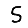
Digit: 5